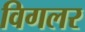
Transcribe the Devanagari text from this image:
विगलर